Civil Veterinary Department. United Provinces 1923-31 - 1923-1931
Year: 1923
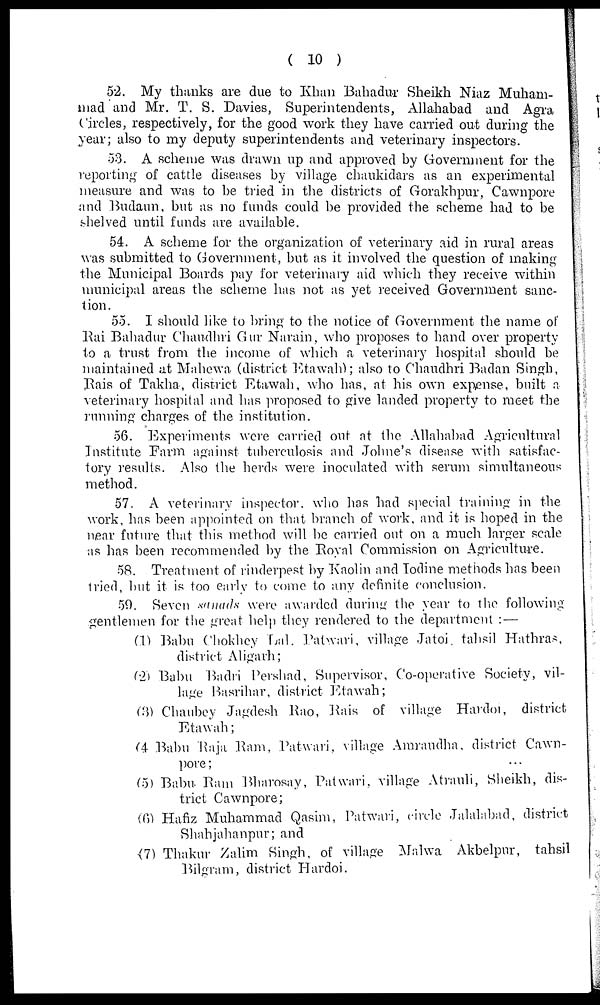
( 10 )
52. My thanks are due to Khun Bahadur Sheikh Niaz Muham-
mad and Mr. T. S. Davies, Superintendents, Allahabad and Agra
Circles, respectively, for the good work they have carried out during the
year; also to my deputy superintendents and veterinary inspectors.
53. A scheme was drawn up and approved by Government for the
reporting of cattle diseases by village chaukidars as an experimental
measure and was to be tried in the districts of Gorakhpur, Cawnpore
and Budaun, but as no funds could be provided the scheme had to be
shelved until funds are available.
54. A scheme for the organization of veterinary aid in rural areas
was submitted to Government, but as it involved the question of making
the Municipal Boards pay for veterinary aid which they receive within
municipal areas the scheme has not as yet received Government sanc-
tion.
55. I should like to bring to the notice of Government the name of
Rai Bahadur Chaudhri Gur Narain, who proposes to hand over property
to a trust from the income of which a veterinary hospital should be
maintained at Mahewa (district Etawah) ; also to Chaudhri Badan Singh,
Rais of Takha, district Etawah, who has, at his own expense, built a
veterinary hospital and has proposed to give landed property to meet the
running charges of the institution.
56. Experiments were carried out at the Allahabad Agricultural
Institute Farm against tuberculosis and Jolne's disease with satisfac-
tory results. Also the herds were inoculated with serum simultaneous
method.
57. A veterinary inspector. who has had special training in the
work, has been appointed on that branch of work, and it is hoped in the
near future that this method will be carried out on a much larger scale
as has been recommended by the Royal Commission on Agriculture.
58. Treatment of rinderpest by Kaolin and Iodine methods has been
tried, but it is too early to come to any definite conclusion.
59. Seven sanads were awarded during the year to the following
gentlemen for the great help they rendered to the department :—
(1) Babu Chokhey Lal, Patwari, village Jatoi. tahsil Hathras,
district Aligarh ;
(2) Bubu Badri Pershad, Supervisor, Co-operative Society, vil-
lage Basrihar, district Etawah;
(3) Chaubey Jagdesh Rao, Rais of village Hardoi, district
Etawah;
(4) Babu Raja Ram, Patwari, village Amraudha, district Cawn-
pore ;
(5) Babu Ram Bharosay, Patwari, village Atrauli, Sheikh, dis-
trict Cawnpore;
(6) Hafiz Muhammad Qasim, Patwari, circle Jalalabad, district
Shahjahanpur; and
(7) Thakur Zalim Singh, of village Malwa Akbelpnr, tahsil
Bilgram, district Hardoi.